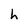
Character: h